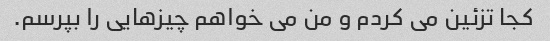
کجا تزئین می کردم و من می خواهم چیزهایی را بپرسم.